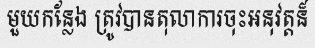
មួយកន្លែង ត្រូវបានតុលាការចុះអនុវត្តន៏